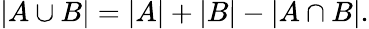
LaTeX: |A\cup B|=|A|+|B|-|A\cap B|.